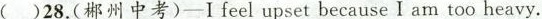
()28.(郴州中考)-Ifeel upset because I am too heavy.